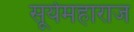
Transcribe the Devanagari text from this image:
सूर्यमहाराज